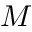
M